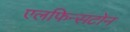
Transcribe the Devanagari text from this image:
एलफिन्सटोन